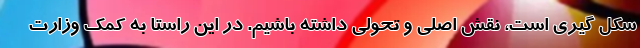
شکل گیری است، نقش اصلی و تحولی داشته باشیم. در این راستا به کمک وزارت